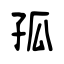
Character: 孤